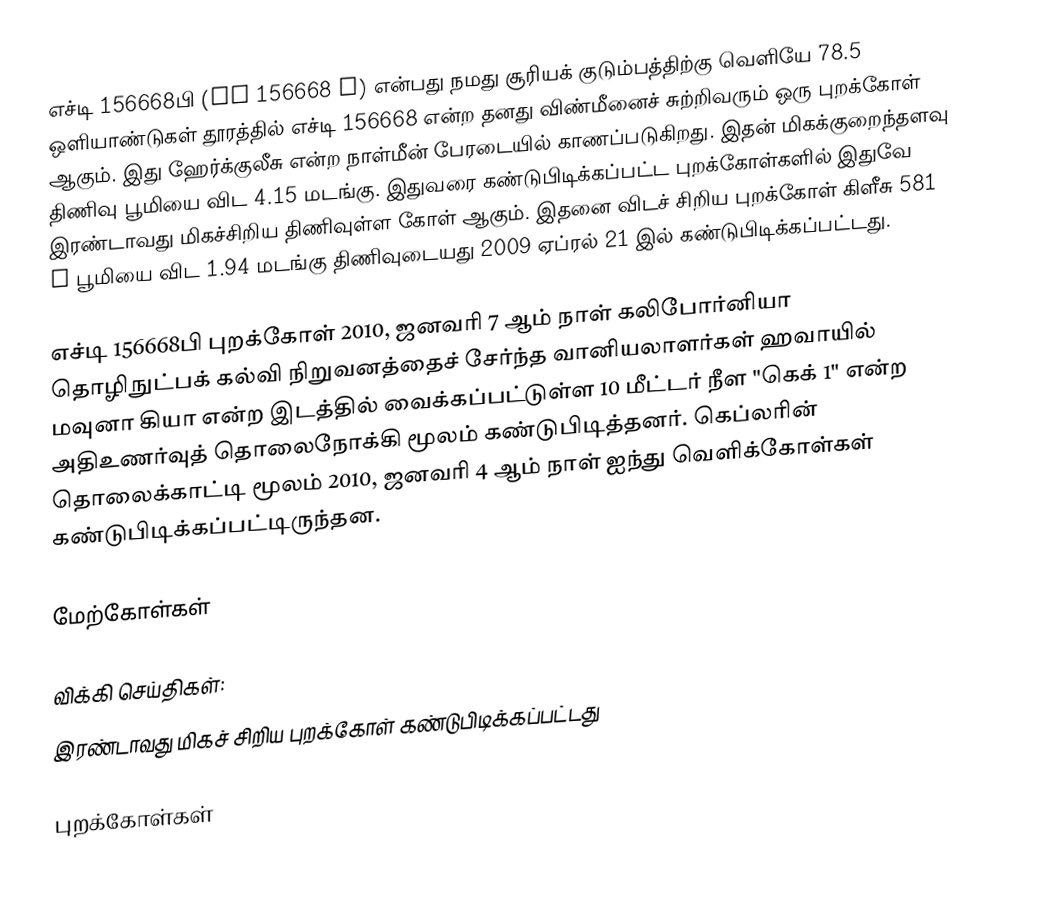
எச்டி 156668பி (HD 156668 b) என்பது நமது சூரியக் குடும்பத்திற்கு வெளியே 78.5 ஒளியாண்டுகள் தூரத்தில் எச்டி 156668 என்ற தனது விண்மீனைச் சுற்றிவரும் ஒரு புறக்கோள் ஆகும். இது ஹேர்க்குலீசு என்ற நாள்மீன் பேரடையில் காணப்படுகிறது. இதன் மிகக்குறைந்தளவு திணிவு பூமியை விட 4.15 மடங்கு. இதுவரை கண்டுபிடிக்கப்பட்ட புறக்கோள்களில் இதுவே இரண்டாவது மிகச்சிறிய திணிவுள்ள கோள் ஆகும். இதனை விடச் சிறிய புறக்கோள் கிளீசு 581 e பூமியை விட 1.94 மடங்கு திணிவுடையது 2009 ஏப்ரல் 21 இல் கண்டுபிடிக்கப்பட்டது.

எச்டி 156668பி புறக்கோள் 2010, ஜனவரி 7 ஆம் நாள் கலிபோர்னியா தொழிநுட்பக் கல்வி நிறுவனத்தைச் சேர்ந்த வானியலாளர்கள் ஹவாயில் மவுனா கியா என்ற இடத்தில் வைக்கப்பட்டுள்ள 10 மீட்டர் நீள "கெக் 1" என்ற அதிஉணர்வுத் தொலைநோக்கி மூலம் கண்டுபிடித்தனர். கெப்லரின் தொலைக்காட்டி மூலம் 2010, ஜனவரி 4 ஆம் நாள் ஐந்து வெளிக்கோள்கள் கண்டுபிடிக்கப்பட்டிருந்தன.

மேற்கோள்கள்

 விக்கி செய்திகள்:
 இரண்டாவது மிகச் சிறிய புறக்கோள் கண்டுபிடிக்கப்பட்டது

புறக்கோள்கள்